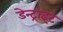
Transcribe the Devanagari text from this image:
डेन्ट्राइट